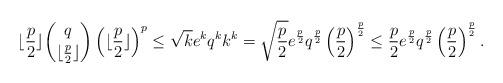
LaTeX: \begin{align*}\lfloor\frac{p}{2}\rfloor \binom{q}{\lfloor\frac{p}{2}\rfloor} \left(\lfloor\frac{p}{2}\rfloor \right)^{p} \leq \sqrt{k}e^kq^kk^k =\sqrt{\frac{p}{2}} e^{\frac{p}{2}} q^{\frac{p}{2}} \left( \frac{p}{2}\right)^{\frac{p}{2}} \leq \frac{p}{2} e^{\frac{p}{2}} q^{\frac{p}{2}} \left( \frac{p}{2}\right)^{\frac{p}{2}}.\end{align*}